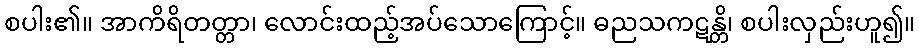
စပါး၏။ အာကိရိတတ္တာ၊ လောင်းထည့်အပ်သောကြောင့်။ ဓညသကဋန္တိ၊ စပါးလှည်းဟူ၍။